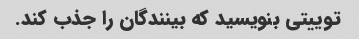
توییتی بنویسید که بینندگان را جذب کند.